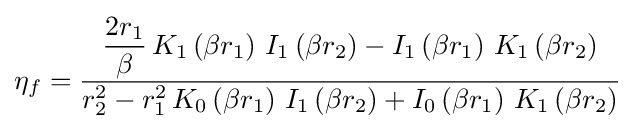
\eta _{f}={\frac {\displaystyle {\frac {2r_{1}}{\beta }}\,K_{1}\left(\beta r_{1}\right)\,I_{1}\left(\beta r_{2}\right)-I_{1}\left(\beta r_{1}\right)\,K_{1}\left(\beta r_{2}\right)}{r_{2}^{2}-r_{1}^{2}\,K_{0}\left(\beta r_{1}\right)\,I_{1}\left(\beta r_{2}\right)+I_{0}\left(\beta r_{1}\right)\,K_{1}\left(\beta r_{2}\right)}}